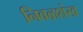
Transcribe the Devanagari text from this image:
निवळशंख